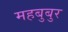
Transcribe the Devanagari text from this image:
महबुबुर